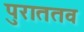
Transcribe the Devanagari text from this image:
पुराततव